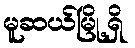
မူဆယ်မြို့ရှိ